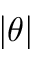
| \theta |